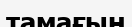
тамағың